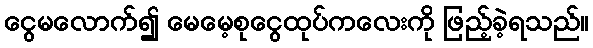
ငွေမလောက်၍ မေမေ့စုငွေထုပ်ကလေးကို ဖြည့်ခဲ့ရသည်။